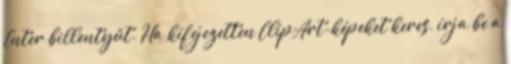
Enter billentyűt. Ha kifejezetten ClipArt-képeket keres, írja be a